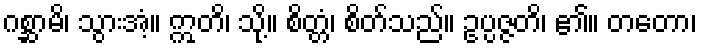
ဂစ္ဆာမိ၊ သွားအံ့။ ဣတိ၊ သို့။ စိတ္တံ၊ စိတ်သည်။ ဥပ္ပဇ္ဇတိ၊ ၏။ တတော၊